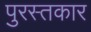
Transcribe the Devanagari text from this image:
पुरस्तकार